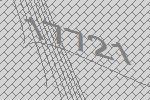
17721